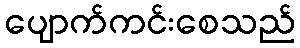
ပျောက်ကင်းစေသည်